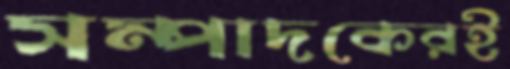
সম্পাদকেরই